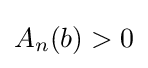
A_{n}(b)>0